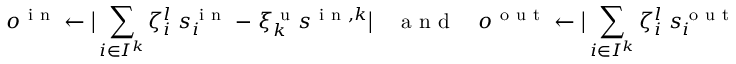
o ^ { \mathrm { ~ i ~ n ~ } } \gets \big \lvert \sum _ { i \in I ^ { k } } \zeta _ { i } ^ { l } \; s _ { i } ^ { \mathrm { ~ i ~ n ~ } } \; - \; \xi _ { k } ^ { \mathrm { ~ u ~ } } \: s ^ { \mathrm { ~ i ~ n ~ } , k } \big \rvert \quad \mathrm { ~ a ~ n ~ d ~ } \quad o ^ { \mathrm { ~ o ~ u ~ t ~ } } \gets \big \lvert \sum _ { i \in I ^ { k } } \zeta _ { i } ^ { l } \; s _ { i } ^ { \mathrm { ~ o ~ u ~ t ~ } } \; - \; \xi _ { k } ^ { \mathrm { ~ d ~ } } \: s ^ { \mathrm { ~ o ~ u ~ t ~ } , k } \big \rvert